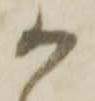
か